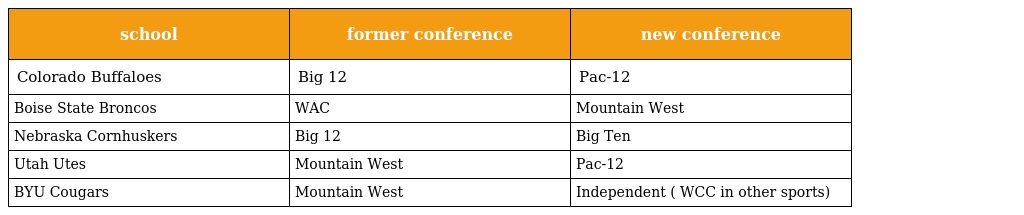
| school | former conference | new conference |
 | --- | --- | --- |
 | Colorado Buffaloes | Big 12 | Pac-12 |
 | Boise State Broncos | WAC | Mountain West |
 | Nebraska Cornhuskers | Big 12 | Big Ten |
 | Utah Utes | Mountain West | Pac-12 |
 | BYU Cougars | Mountain West | Independent ( WCC in other sports) |